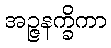
အဉ္ဇနက္ခိကာ